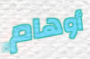
أوهام